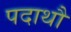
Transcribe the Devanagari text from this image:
पदाथौ